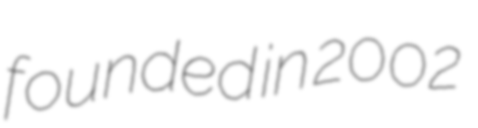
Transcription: founded in 2002